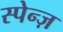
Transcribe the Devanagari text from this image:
स्पेन्ज़